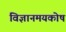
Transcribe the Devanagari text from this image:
विज्ञानमयकोष